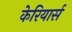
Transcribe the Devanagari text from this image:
केरियार्स